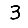
Digit: 3